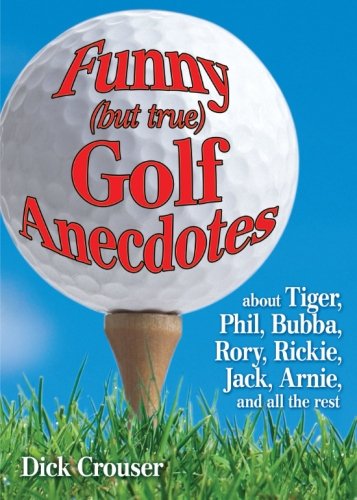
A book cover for Funny (but true) Golf Anecdotes: about Tiger, Phil, Bubba, Rory, Rickie, Jack, Arnie, and all the rest.; Dick Crouser; Humor & Entertainment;